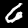
Label: 6